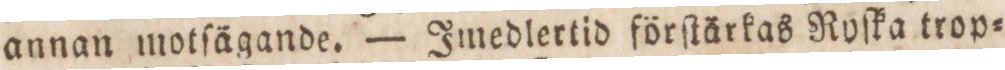
annan motſägande. — Imedlertid förſtärkas Ryſka trop=